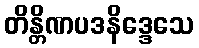
တိန္တိဏပဒနိဒ္ဒေသေ